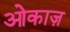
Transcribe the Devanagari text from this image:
ओकाज़